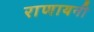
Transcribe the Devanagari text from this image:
राणायनी